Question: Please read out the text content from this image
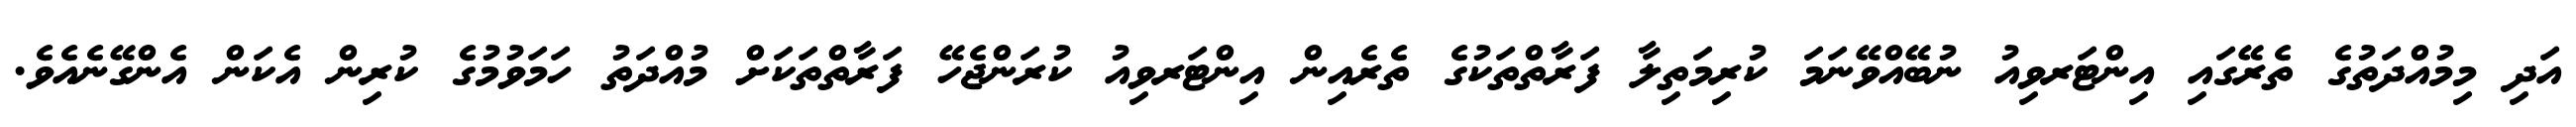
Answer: އަދި މިމުއްދަތުގެ ތެރޭގައި އިންޓަރވިއު ނުބޭއްވޭނަމަ ކުރިމަތިލާ ފަރާތްތަކުގެ ތެރެއިން އިންޓަރވިއު ކުރަންޖެހޭ ފަރާތްތަކަށް މުއްދަތު ހަމަވުމުގެ ކުރިން އެކަން އެންގޭނެއެވެ.